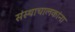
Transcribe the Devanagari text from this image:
संस्थाचालकांना